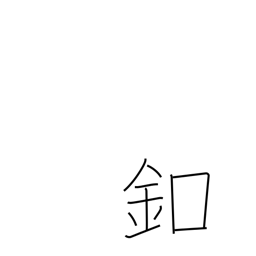
Meaning: button